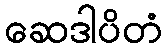
ဆေဒါပိတံ